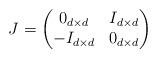
LaTeX: \begin{align*}J=\begin{pmatrix} 0_{d\times d}&I_{d\times d}\\-I_{d\times d}&0_{d\times d}\end{pmatrix}\end{align*}